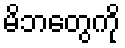
မိဘတွေကို